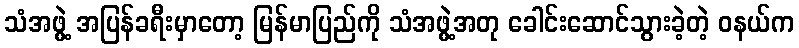
သံအဖွဲ့ အပြန်ခရီးမှာတော့ မြန်မာပြည်ကို သံအဖွဲ့အတု ခေါင်းဆောင်သွားခဲ့တဲ့ ဝနယ်က